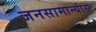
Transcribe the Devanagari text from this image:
जनसामान्यांस